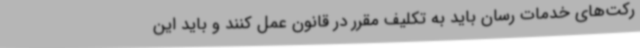
رکت‌های خدمات رسان باید به تکلیف مقرر در قانون عمل کنند و باید این